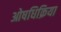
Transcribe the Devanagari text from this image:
ओषधिक्रिया